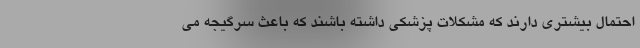
احتمال بیشتری دارند که مشکلات پزشکی داشته باشند که باعث سرگیجه می